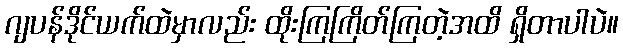
ဂျပန်ဒိုင်ယက်ထဲမှာလည်း ထိုးကြကြိတ်ကြတဲ့အထိ ရှိတာပါပဲ။